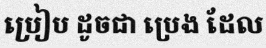
ប្រៀប ដូចជា ប្រេង ដែល